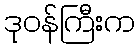
ဒုဝန်ကြီးက